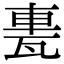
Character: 𨋐